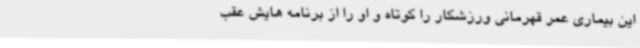
این بیماری عمر قهرمانی ورزشکار را کوتاه و او را از برنامه هایش عقب